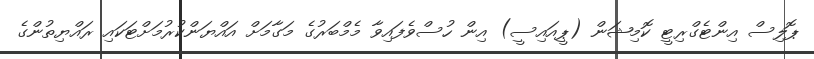
ޕޮލިސް އިންޓެގްރިޓީ ކޮމިޝަން (ޕީއައިސީ) އިން ހުސްވެފައިވާ މެމްބަރުގެ މަގާމަށް އައްޔަންކުރުމަށްޓަކައި ރައްޔިތުންގެ